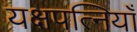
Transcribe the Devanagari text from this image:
यक्षपत्नियाँ